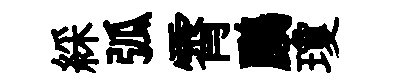
綵弧霄鸝瓊